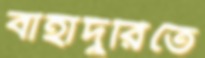
বাহাদুরিতে